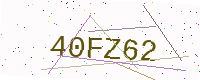
Text: 40FZ62